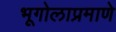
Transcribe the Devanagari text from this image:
भूगोलाप्रमाणे